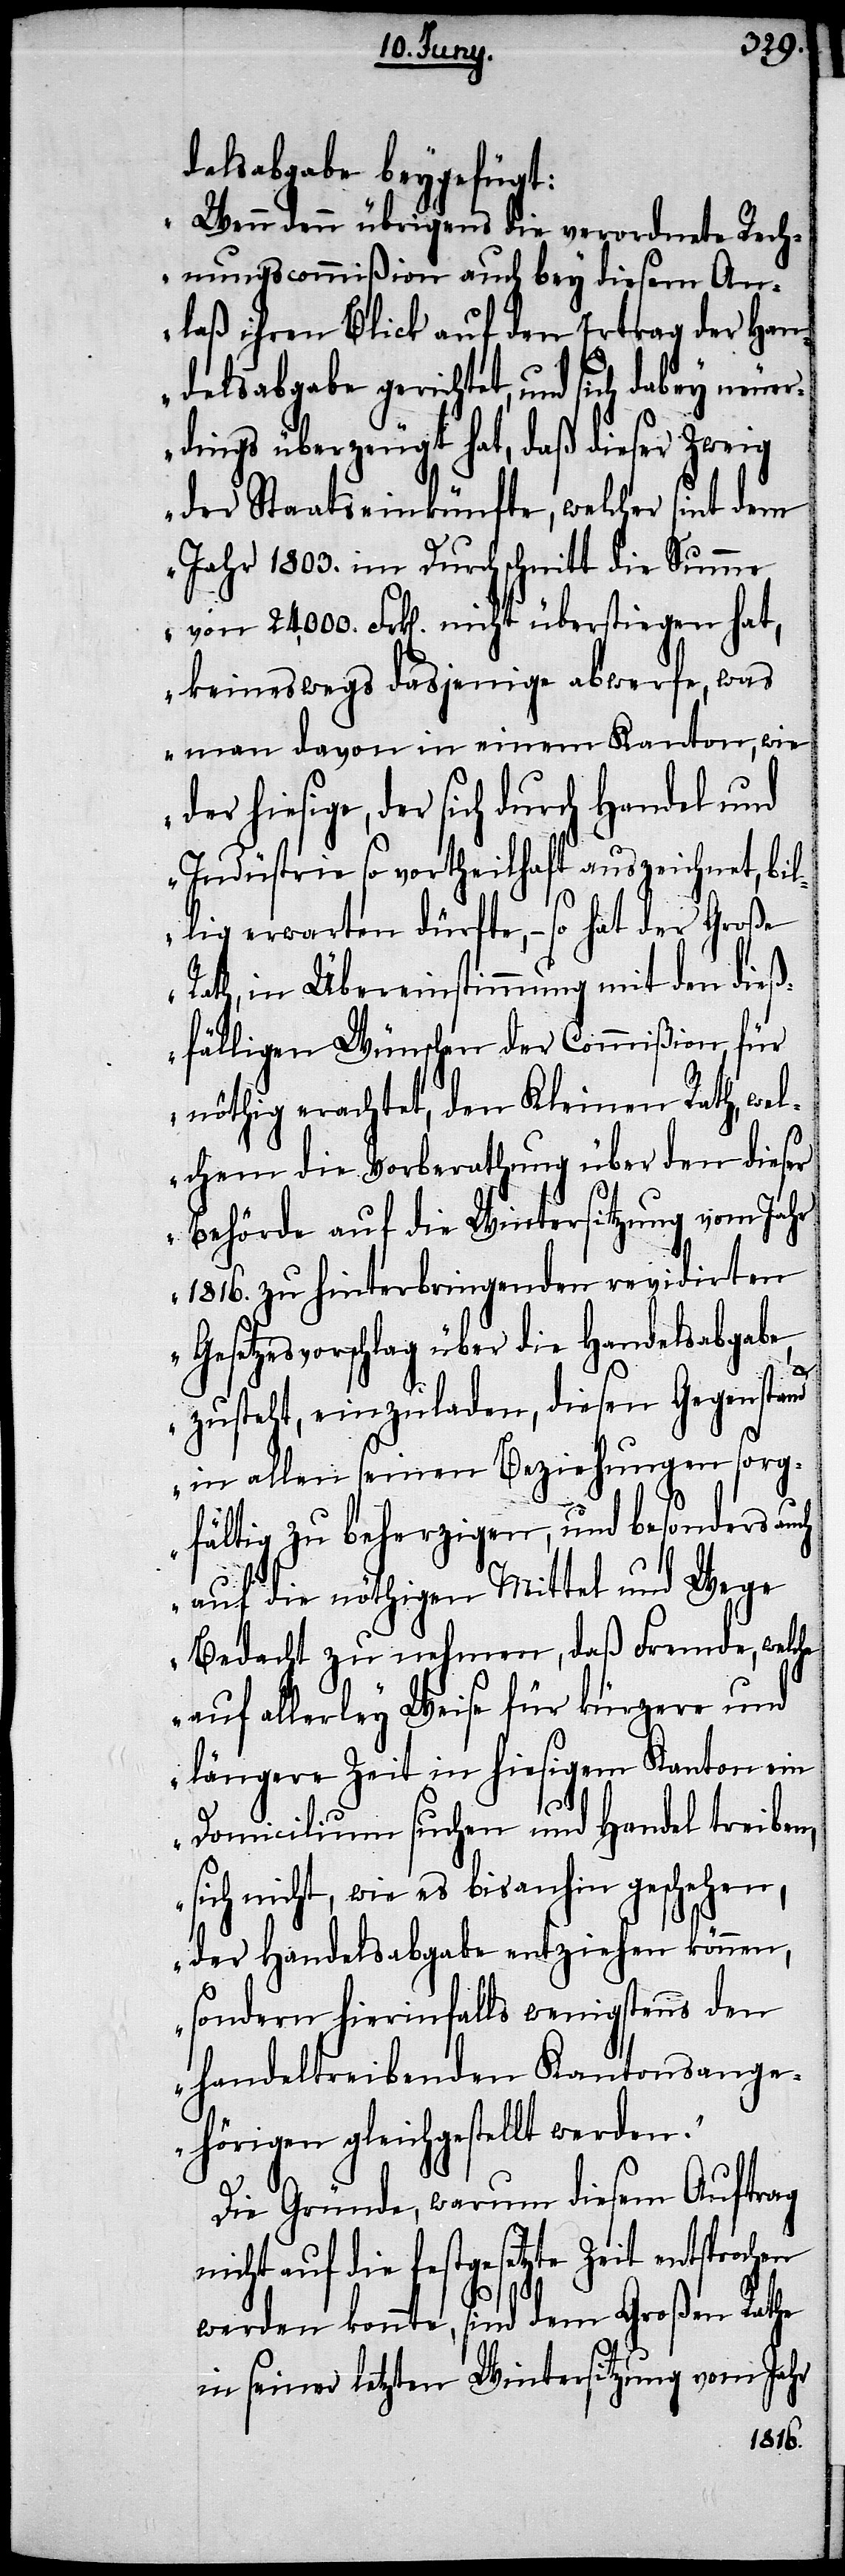
delsabgabe beygefügt:
„Wenn denn übrigens die verordnete Rech¬
nungscommißion auch bey diesem An¬
laß ihren Blick auf den Ertrag der Han¬
delsabgabe gerichtet, und sich dabey neuer¬
dings überzeugt hat, daß dieser Zweig
der Staatseinkünfte, welcher sint dem
Jahr 1803. im Durchschnitt die Summe
von 24,000. Frk[en]. nicht überstiegen hat,
keineswegs dasjenige abwerfe, was
man davon in einem Kanton, wie
der hiesige, der sich durch Handel und
Industrie so vortheilhaft auszeichnet, bi¬
llig erwarten dürfte, – so hat der Große
Rath, in Übereinstimung mit den dieß¬
fälligen Wünschen der Commißion, für
nöthig erachtet, den Kleinen Rath, wel¬
chem die Vorberathung über den dieser
Behörde auf die Wintersitzung vom Jahr
1816. zu hinterbringenden revidirten
Gesetzesvorschlag über die Handelsabgabe
zusteht, einzuladen, diesen Gegenstand
in allen seinen Beziehungen sorg¬
fältig zu beherzigen, und besonders au¬
auf die nöthigen Mittel und Wege
Bedacht zu nehmen, daß Fremde, welche
auf allerley Weise für kürzere und
längere Zeit in hiesigem Kanton ein
ch
Domicilium suchen und Handel treiben,
sich nicht, wie es bisanhin geschehen,
der Handelsabgabe entziehen können,
sondern hierinfalls wenigstens den
handeltreibenden Kantonsange¬
hörigen gleichgestellt werden.“
Die Gründe, warum diesem Antrag
nicht auf die festgesetzte Zeit entsprochen
werden konnte, sind dem Großen Rathe
in seiner letzten Wintersitzung vom Jahr